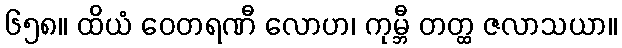
၆၅၈။ ထိယံ ဝေတရဏီ လောဟ၊ ကုမ္ဘီ တတ္ထ ဇလာသယာ။